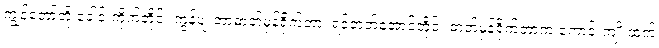
ကျွန်တော်တို့ ခေါင်းကိုက်တိုင်း ကွန်ပျူတာဓာတ်မှန်ရိုက်တာ၊ ရင်ဘတ်အောင့်တိုင်း ဓာတ်မှန်ရိုက်တာက ကောင်းကျိုးထက်